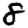
Digit: 8